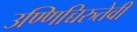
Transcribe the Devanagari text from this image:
उण्णिच्चिरुतेवी